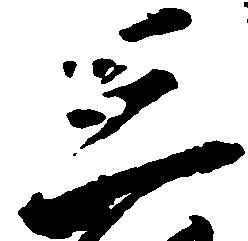
三